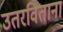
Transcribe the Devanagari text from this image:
उतरविताना